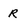
Character: R